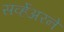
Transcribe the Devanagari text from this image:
सर्व्हेअरने